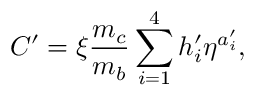
C ^ { \prime } = \xi { \frac { m _ { c } } { m _ { b } } } \sum _ { i = 1 } ^ { 4 } h _ { i } ^ { \prime } \eta ^ { a _ { i } ^ { \prime } } ,